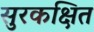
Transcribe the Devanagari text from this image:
सुरकक्षित